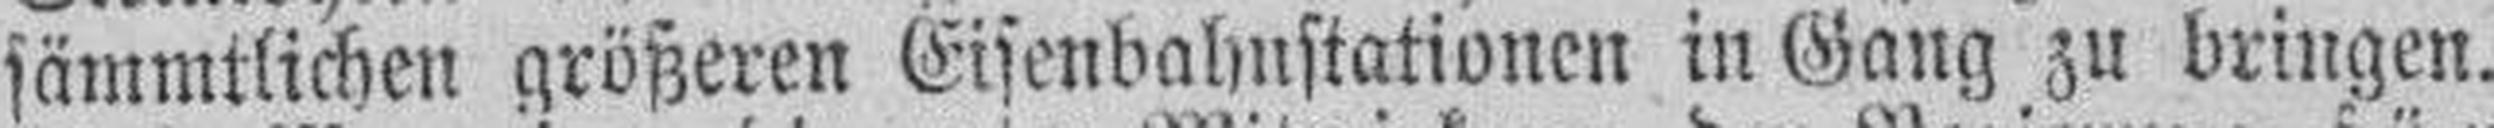
sämmtlichen größeren Eisenbahnstationen in Gang zu bringen.